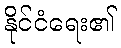
နိုင်ငံရေး၏